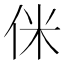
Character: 侎